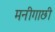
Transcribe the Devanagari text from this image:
मनीगाछी